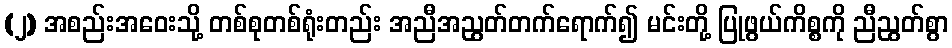
(၂) အစည်းအဝေးသို့ တစ်စုတစ်ရုံးတည်း အညီအညွတ်တက်ရောက်၍ မင်းတို့ ပြုဖွယ်ကိစ္စကို ညီညွတ်စွာ